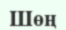
Шөң